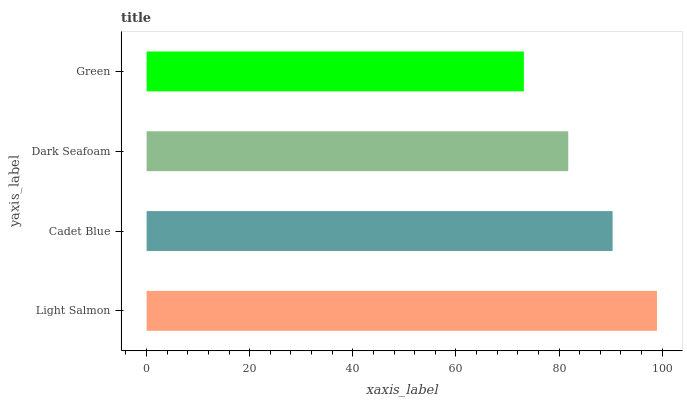
| yaxis_label | bars |
 | --- | --- |
 | Light Salmon | 99 |
 | Cadet Blue | 90.4 |
 | Dark Seafoam | 81.8 |
 | Green | 73.2 |